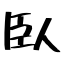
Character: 臥